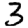
Digit: 3